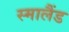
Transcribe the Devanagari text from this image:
स्मालैंड